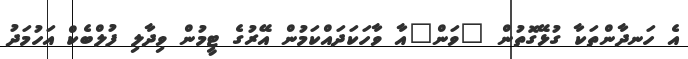
އެ ހަނދާންތަކާ ގުޅޭގޮތުން "ވަން"އާ ވާހަކަދައްކަމުން އޭރުގެ ޓީމުން ވިދާލި ފުލްބެކް އަހުމަދު